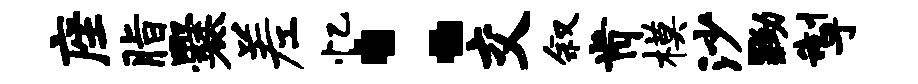
座脂爨差忆：交叙肯模沙黝掣